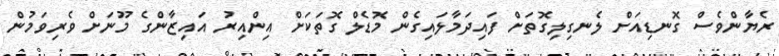
ރެޔާންވެސް ގޮނޑިއަށް ލެނގިލިގޮތަށް ފައިދަމާލައިގެން މޮޑެލް ގޮތަކަށް އިންއިރު އައިޒާންގެ މޫނަށް ވެރިވަމުން